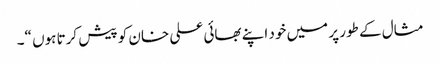
مثال کے طور پر میں خود اپنے بھائی علی خان کو پیش کرتا ہوں “۔